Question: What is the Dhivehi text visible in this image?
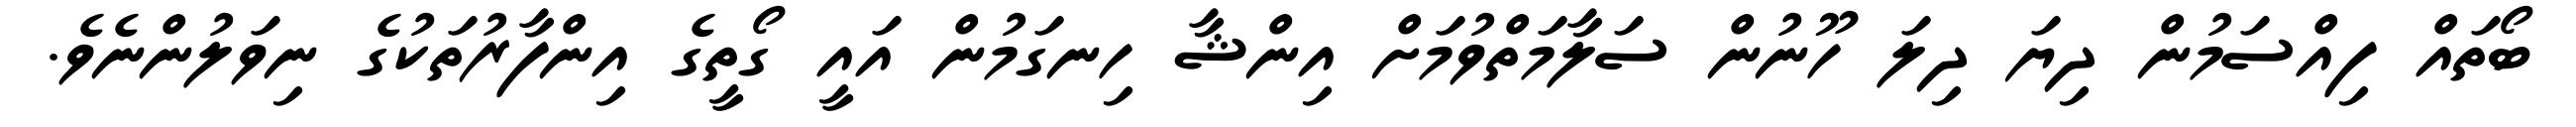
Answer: ބޯތައް ފިއްސަމުން ދިޔަ ދިލަ ހޫނުން ސަލާމަތްވުމަށް އިންޝާ ހިނގަމުން އައީ ގޯތީގެ އިންފާރުތަކުގެ ނިވަލުންނެވެ.